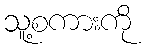
သူ့စကားကို